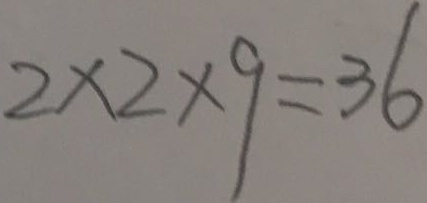
2 \times 2 \times 9 = 3 6